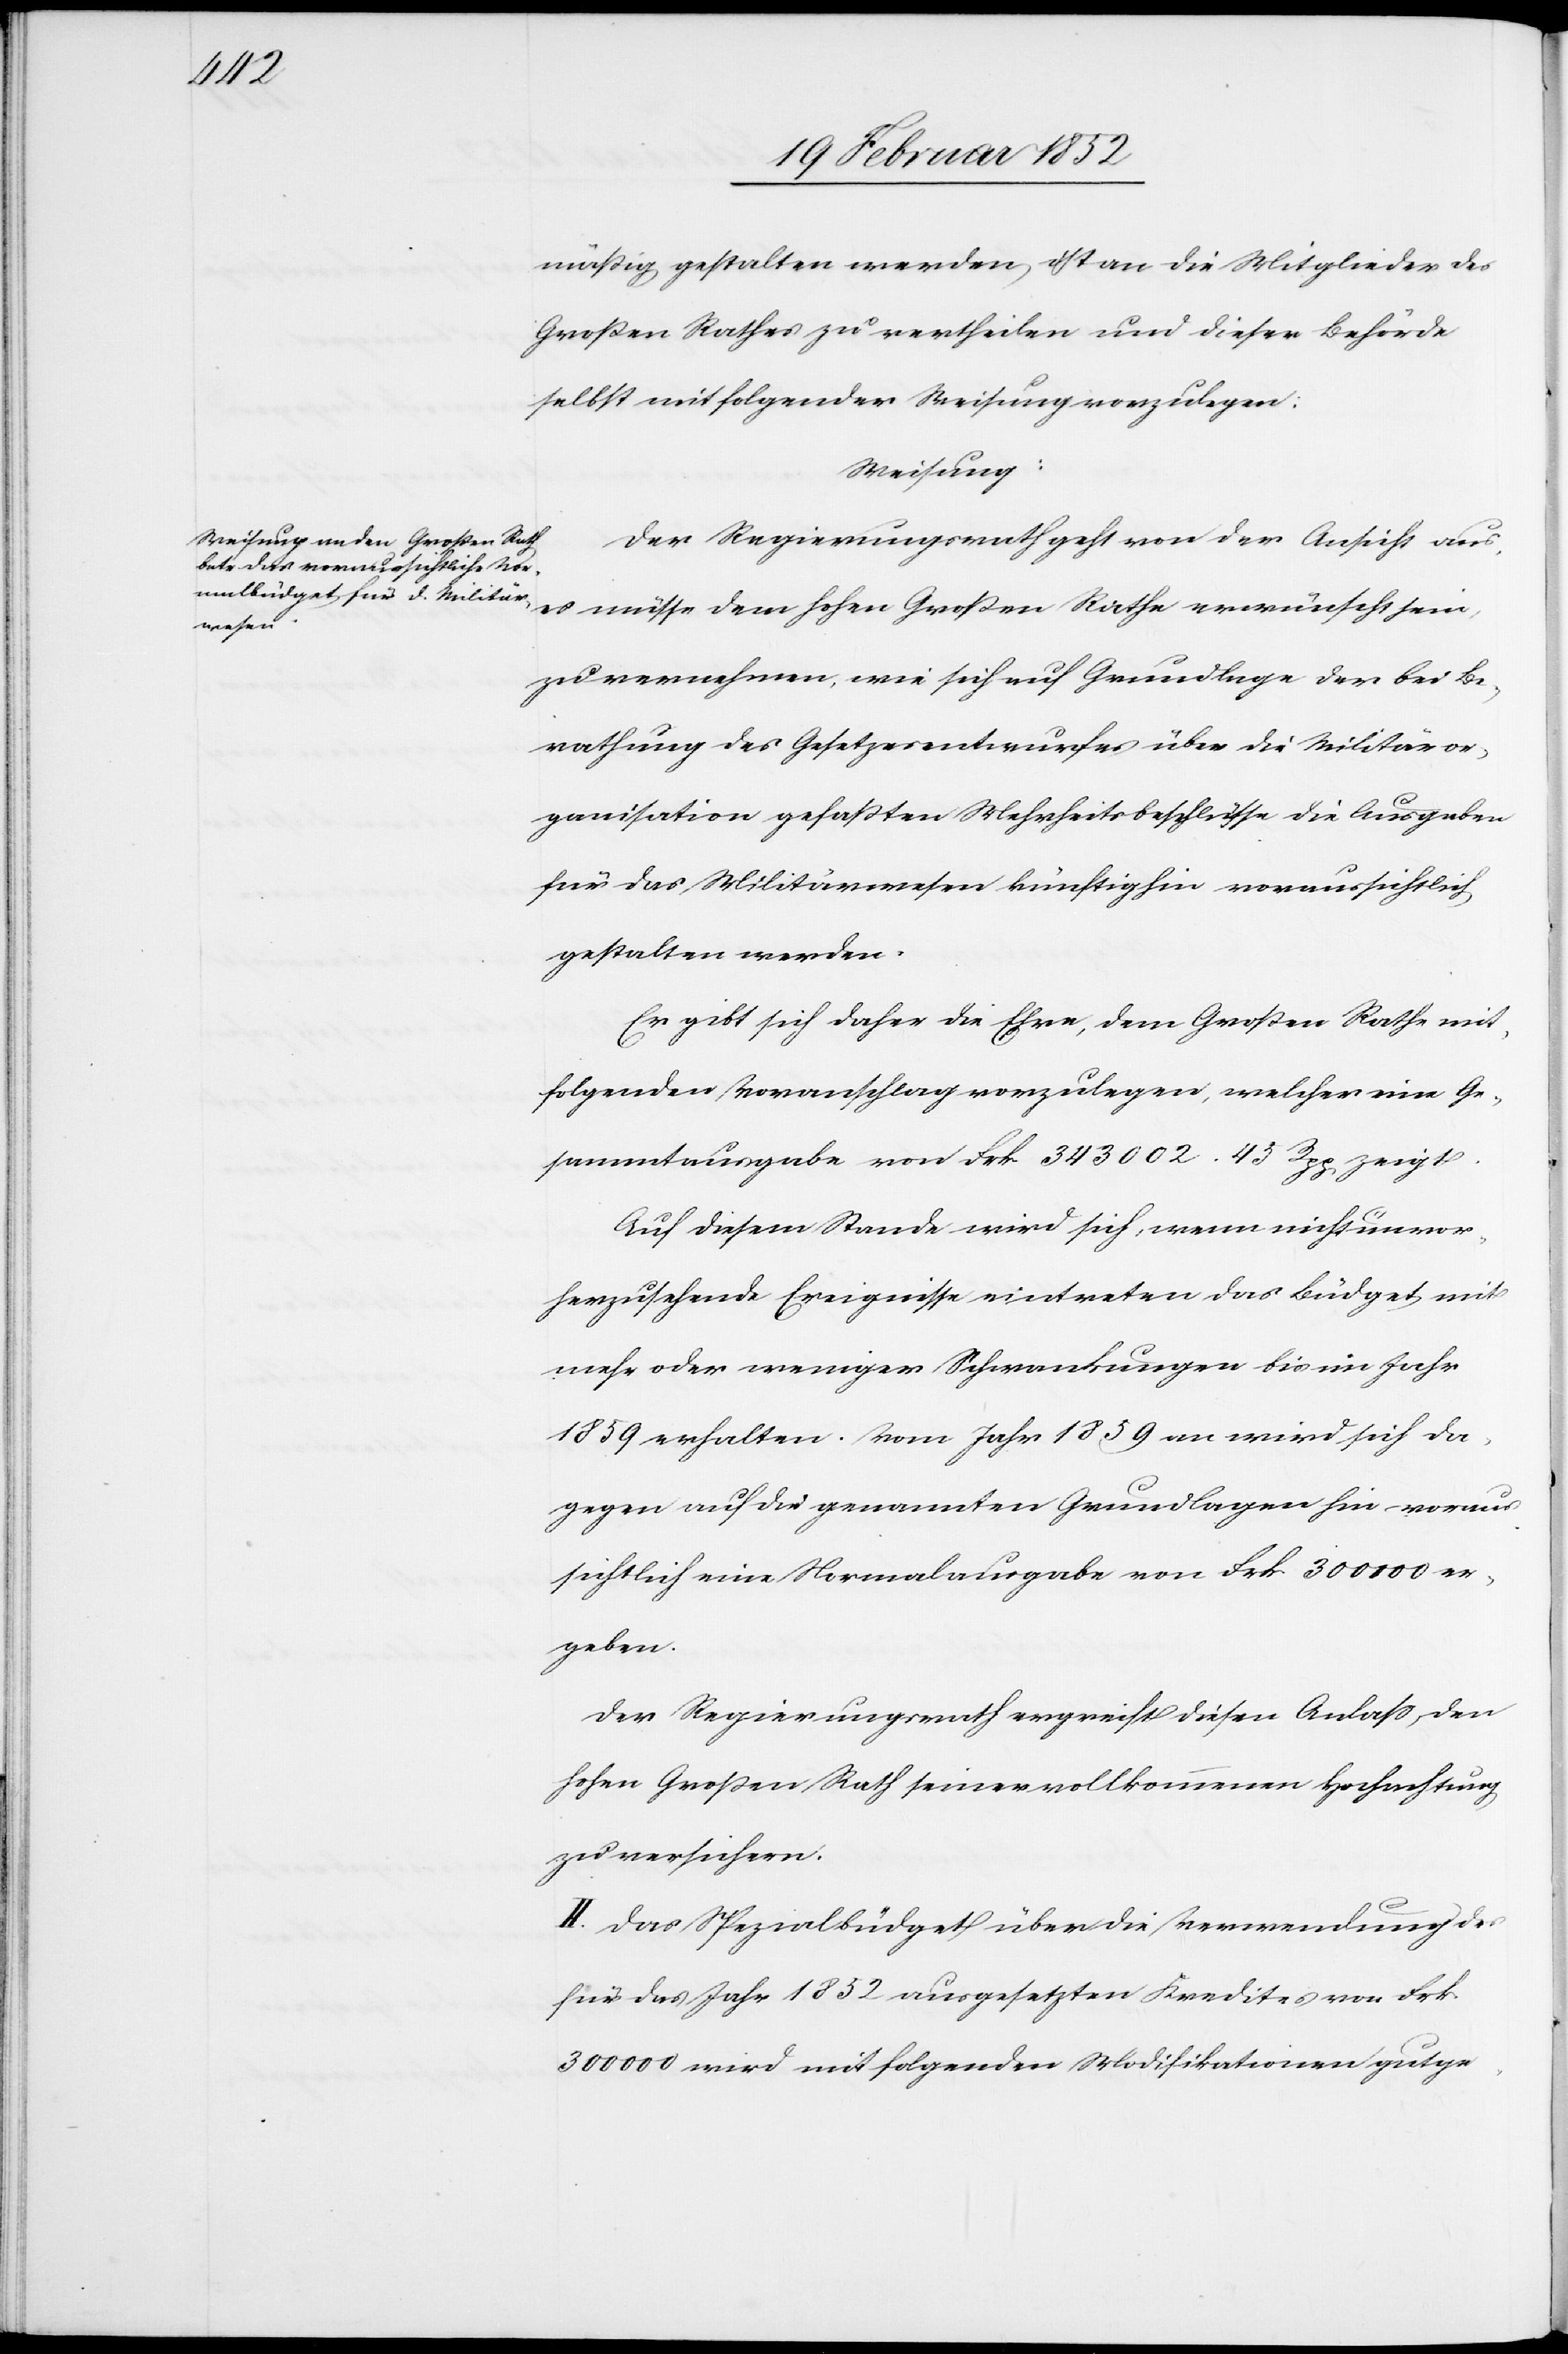
mäßig gestalten werden, ist an die Mitglieder des
Großen Rathes zu vertheilen und dieser Behörde
selbst mit folgender Weisung vorzulegen:
Weisung:
Der Regierungsrath geht von der Ansicht aus,
es müsse dem hohen Grossen Rathe erwünscht sein,
zu vernehmen, wie sich auf Grundlage der bei Be¬
rathung des Gesetzesentwurfes über die Militäror¬
ganisation gefaßten Mehrheitsbeschlüsse die Ausgaben
für das Militärwesen künftighin voraussichtlich
gestalten werden.
Er gibt sich daher die Ehre, dem Großen Rathe mit¬
folgenden Voranschlag vorzulegen, welcher eine Ge¬
sammtausgabe von Frk. 343 002. 43 Rpp zeigt.
Auf diesem Stande wird sich, wenn nicht unvor¬
herzusehende Ereignisse eintreten das Büdget mit
mehr oder weniger Schwankungen bis im Jahr
1859 erhalten. Vom Jahr 1859 an wird sich da¬
gegen auf die genannten Grundlagen hin voraus¬
sichtlich eine Normalausgabe von Frk. 300 000 er¬
geben.
Der Regierungsrath ergreift diesen Anlaß, den
hohen großen Rath seiner vollkommenen Hochachtung
zu versichern.
II. Das Spezialbüdget über die Verwendung des
für das Jahr 1852 ausgesetzten Kredites von Frk.
300 000 wird mit folgenden Modifikationen gutge-